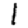
Digit: 1